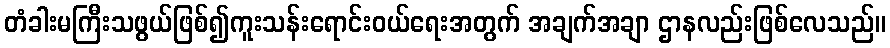
တံခါးမကြီးသဖွယ်ဖြစ်၍ကူးသန်းရောင်းဝယ်ရေးအတွက် အချက်အချာ ဌာနလည်းဖြစ်လေသည်။